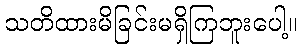
သတိထားမိခြင်းမရှိကြဘူးပေါ့။